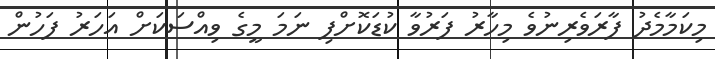
މިކަމާމެދު ފާރަވެރިނުވެ މިހާރު ފަރުވާ ކުޑަކޮށްފި ނަމަ މީގެ ވިއްސަކަށް އަހަރު ފަހުން